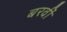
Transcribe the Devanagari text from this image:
बरवीं